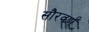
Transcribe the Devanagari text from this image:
सौरवर्ण